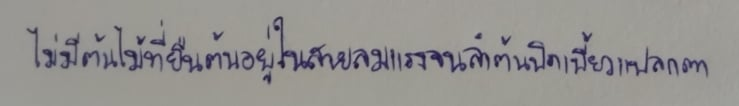
ไม่มีต้นไม้ที่ยืนต้นอยู่ในสายลมแรงจนลำต้นบิดเบี้ยวแปลกตา